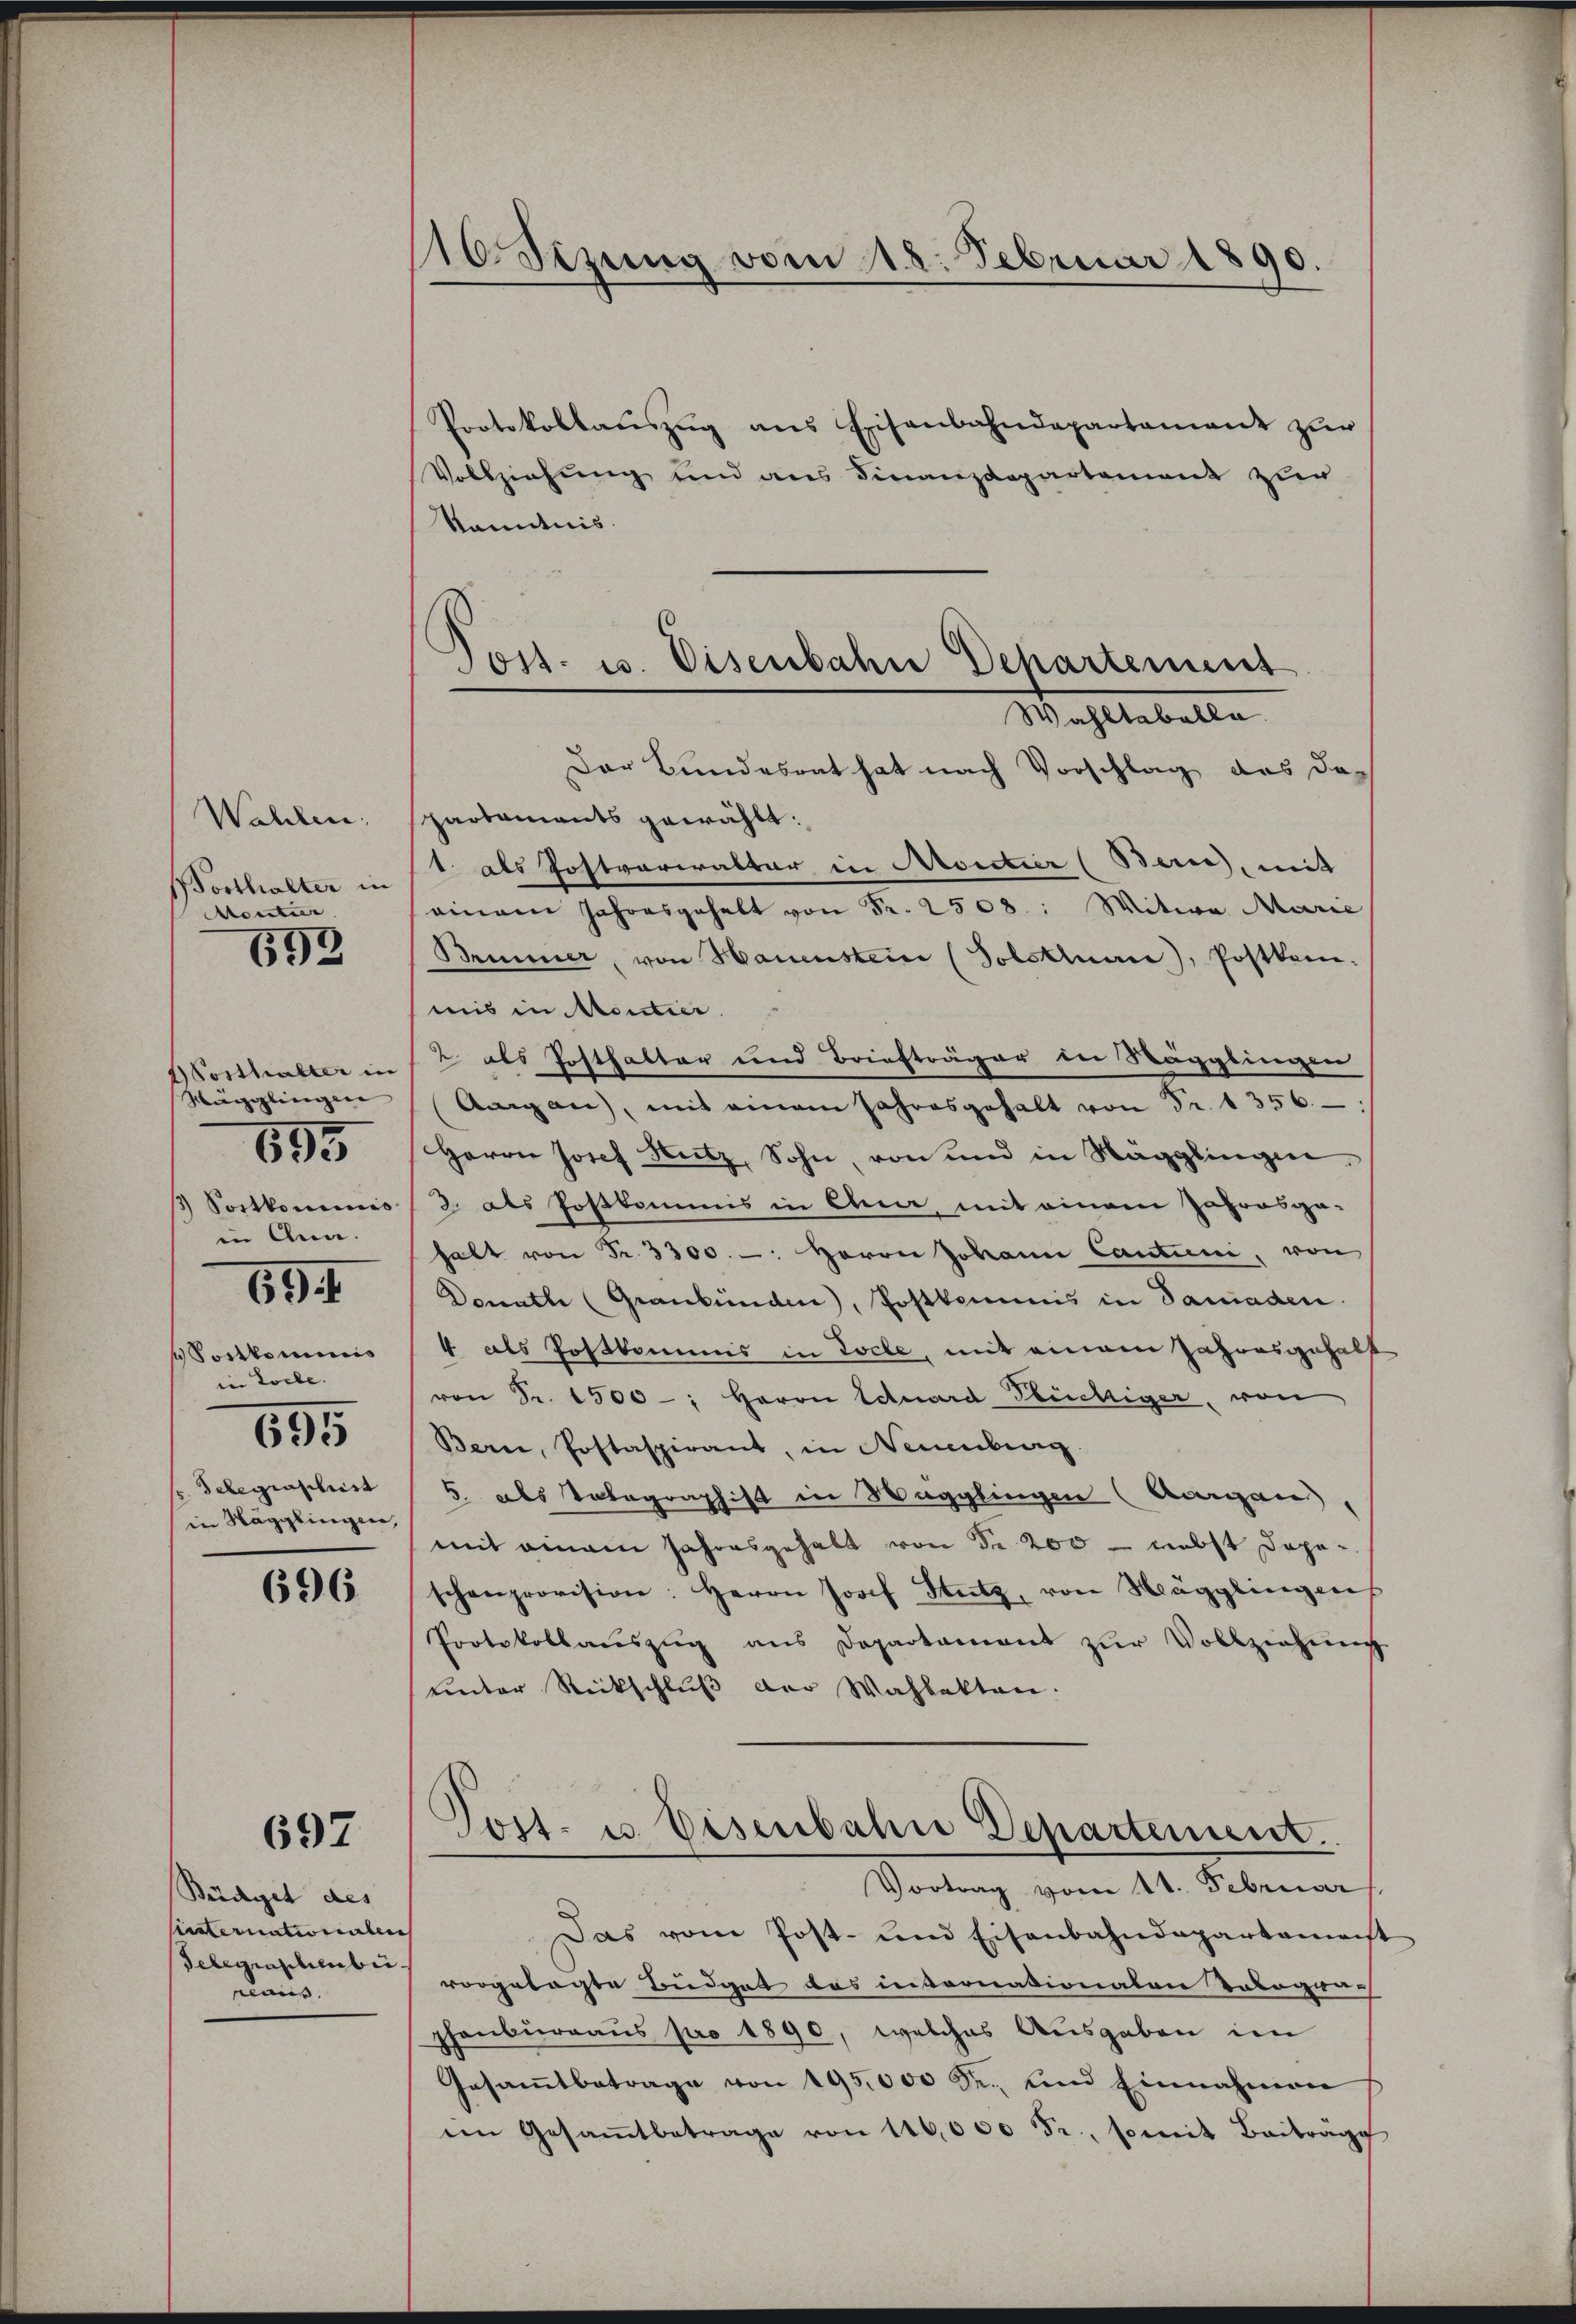
Wahlen.
Borthalter in
Moutier

592

Hosthalter in
Mägglingen |
in Ann
Sortkommis
in Kolle.
695
Telegenschrist
in Nägglingen,

695

691

696

697

Büdget des
unternationalen
Telegraschenberaus.

110 Sizung vom 18. Februar 1890.

Protokollaŭszŭg ans Eisenbahndepartament zŭr
Vollziehung und aus Finanzdepartement zur
kanntnis.
Der Bundesrat hat nach Vorschlag des dapartaments gewählt:
1. als Postvariraltar in Moretier (Berne, mit
einem Jahresgehalt von Fr. 2508: Witwe Marie
Brunner, von Hauenstein (Solothurn), Postkam.
mis in Moutier.
2 als Posthalter und Briefträger der Sägglingen
Aargau, mit einem Jahresgehalt von Fr. 1356.
Herrn Josef Nutz, Sohn, von und in Mägglingen.
3) Postkommis & als Postkommis in Chur, mit einem Jahresga-
halt von Fr. 3300. - Herrn Johann Cantini, von
Donath (Graubünden), Postkommis in Samaden.
4 als Postkommis in Tocle, mit einem Jahresgehalt
von Fr. 1500-; Herrn Eduard Flüchtiger, von
Bern, Postaspirant, in Neuenburg.
5. als Votographist in Wagglingen (Aargau,
mit einem Jahresgehalt von Fr. 200 - nebst Deposchenprovision: Herrn Josef Stutz, von Hägglingen
Protokollauszug aus Departament zŭr Vollziehŭng
unter Rückschluß der Wahlakten.
Post- u. Eisenbahn Departement.
Vortrag vom 11. Februar
Das vom Post- und Eisenbahndepartamenst
vorgelagte Budget das insornationalen Tolographenbureaus pro 1890, welches Ausgaben im
Gesamtbetrage von 195,000 Fr. und Einnahmen
in Gesamtbetrage von 140,000 Fr., somit Beiträge

Post- u. Disenbahn Departement
Wahltabelle